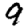
Digit: 9